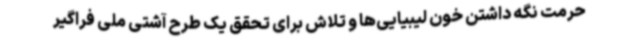
حرمت نگه داشتن خون لیبیایی‌ها و تلاش برای تحقق یک طرح آشتی ملی فراگیر